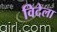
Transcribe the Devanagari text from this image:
विदेला